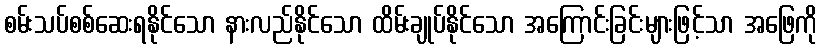
စမ်းသပ်စစ်ဆေးရနိုင်သော နားလည်နိုင်သော ထိမ်းချုပ်နိုင်သော အကြောင်းခြင်းများဖြင့်သာ အဖြေကို